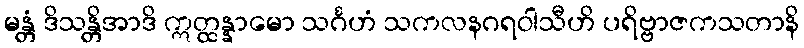
မန္တံ ဒိသန္တိအာဒိ ဣတ္ထန္နာမော သင်္ဂဟံ သကလနဂရဝါသီဟိ ပရိဗ္ဗာဇကသတာနိ